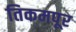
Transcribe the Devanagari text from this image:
तिकमपूर